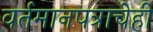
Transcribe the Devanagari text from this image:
वर्तमानपत्राचेही